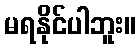
မရနိုင်ပါဘူး။